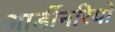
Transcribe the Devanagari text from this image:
आर्डीनरियो